Peeter_Aleksander_Speek, lk 14
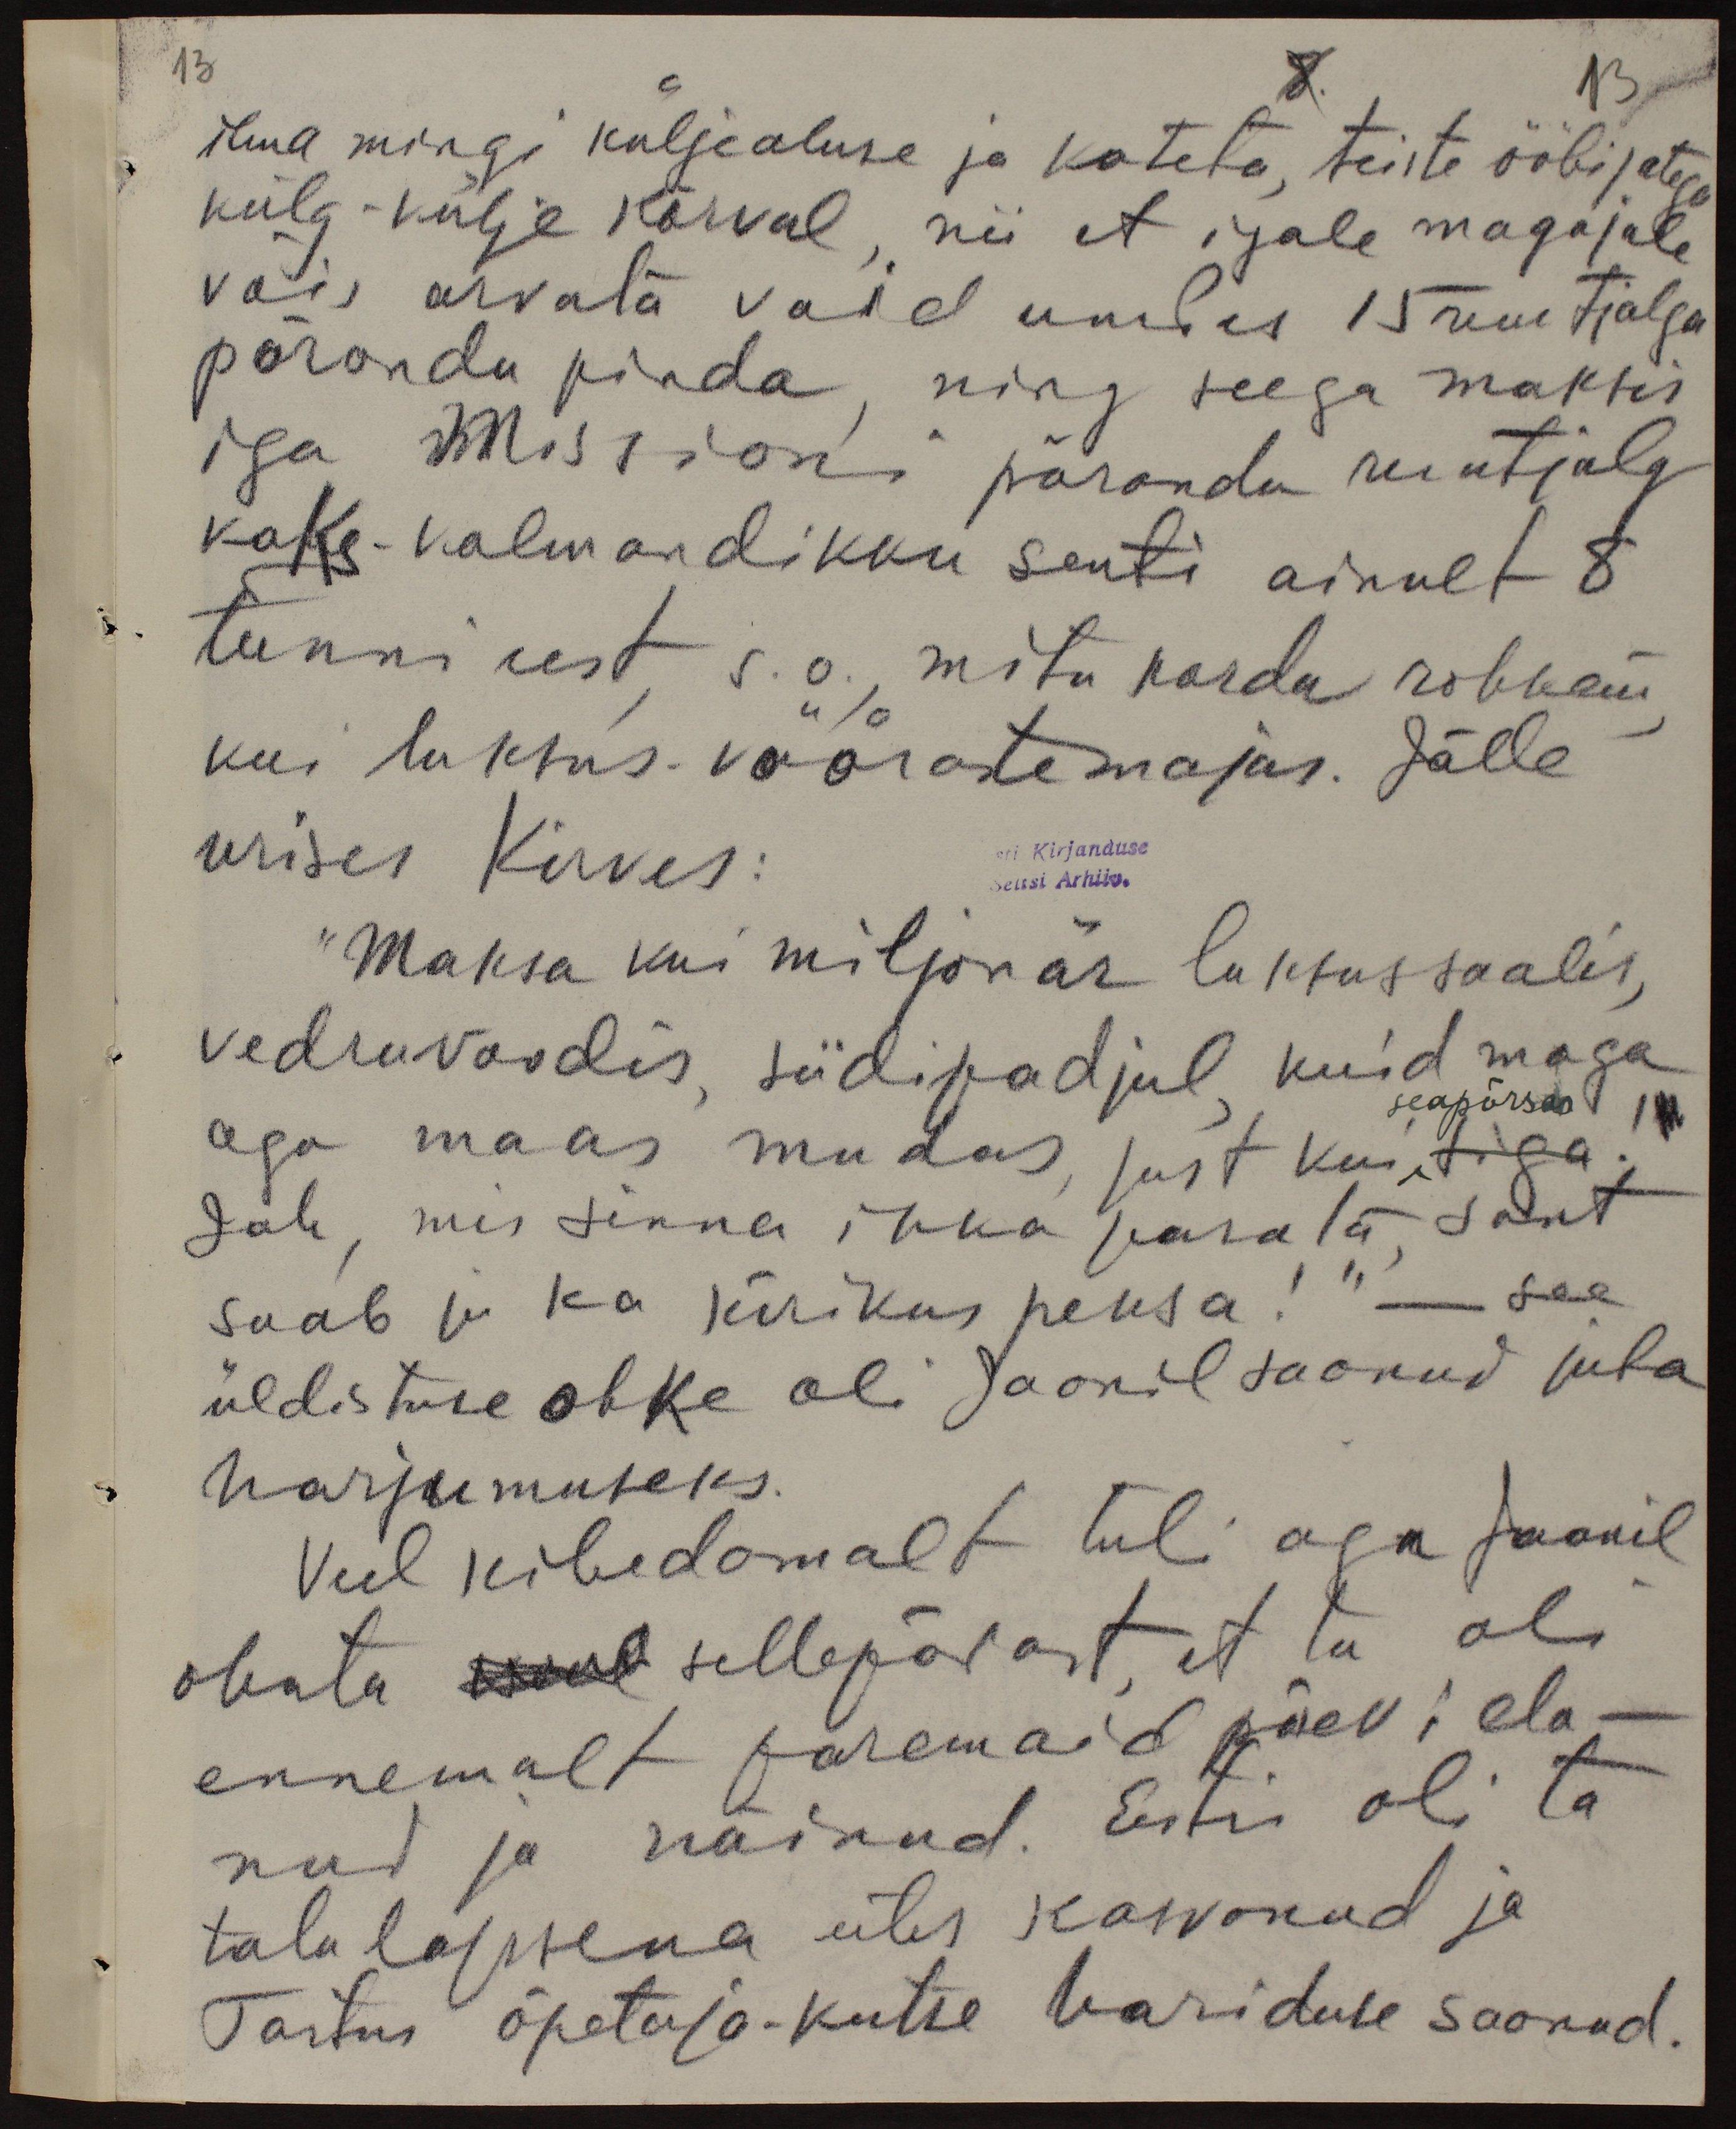
13
13
ilma mingi küljealuse ja kateta, teiste ööbijatega
külg-külje kõrval, nii et igale magajale
võis arvata vaid umbes 15 ruuutjalga
põranda pinda, ning seega maksis
iga Missioni põranda ruutjalg
kaks - kolmandikku senti ainult 8
tunnisest s.o., mitu korda rohkem
kui luksus võõrate majas. Jälle
urises kirves:
ti Kirjanduse
eltsi Arhiiv.
"Maksa kui miljonär luksussaalis,
vedruvoodis, siidipadjul kuid maga
seapõrsas
aga maas mudas, just kui
Jah, mis sinna ikka parata sant
saab ju ka kirikus peksa!" - see
üldistuse ohke oli Jaanil saanud juba
harjumuseks.
Veel kibedamalt tuli aga Jaanil
ohata meel sellepärast, et ta oli
ennemalt paremaid päevi ela-
nud ja näinud. Estis oli ta
talulapsena üles kasvanud ja
Tartus õpetaja-kutse hariduse saanud.